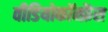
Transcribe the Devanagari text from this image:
वीडियोकॉन्फ्रेंस